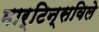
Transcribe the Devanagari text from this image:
मार्टिन्सविले